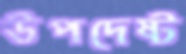
উপদেষ্ট